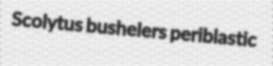
Scolytus bushelers periblastic